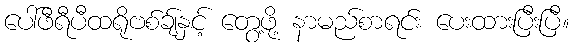
ပေါ်ဖီရီပီထရိုဗစ်ချ်နှင့် တွေ့ဖို့ နာမည်စာရင်း ပေးထားပြီးပြီ။